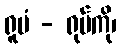
ရူပံ - ရုပ်ကို၊